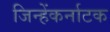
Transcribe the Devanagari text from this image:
जिन्हेंकर्नाटक